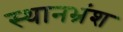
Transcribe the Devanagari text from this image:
स्थानभ्रंश